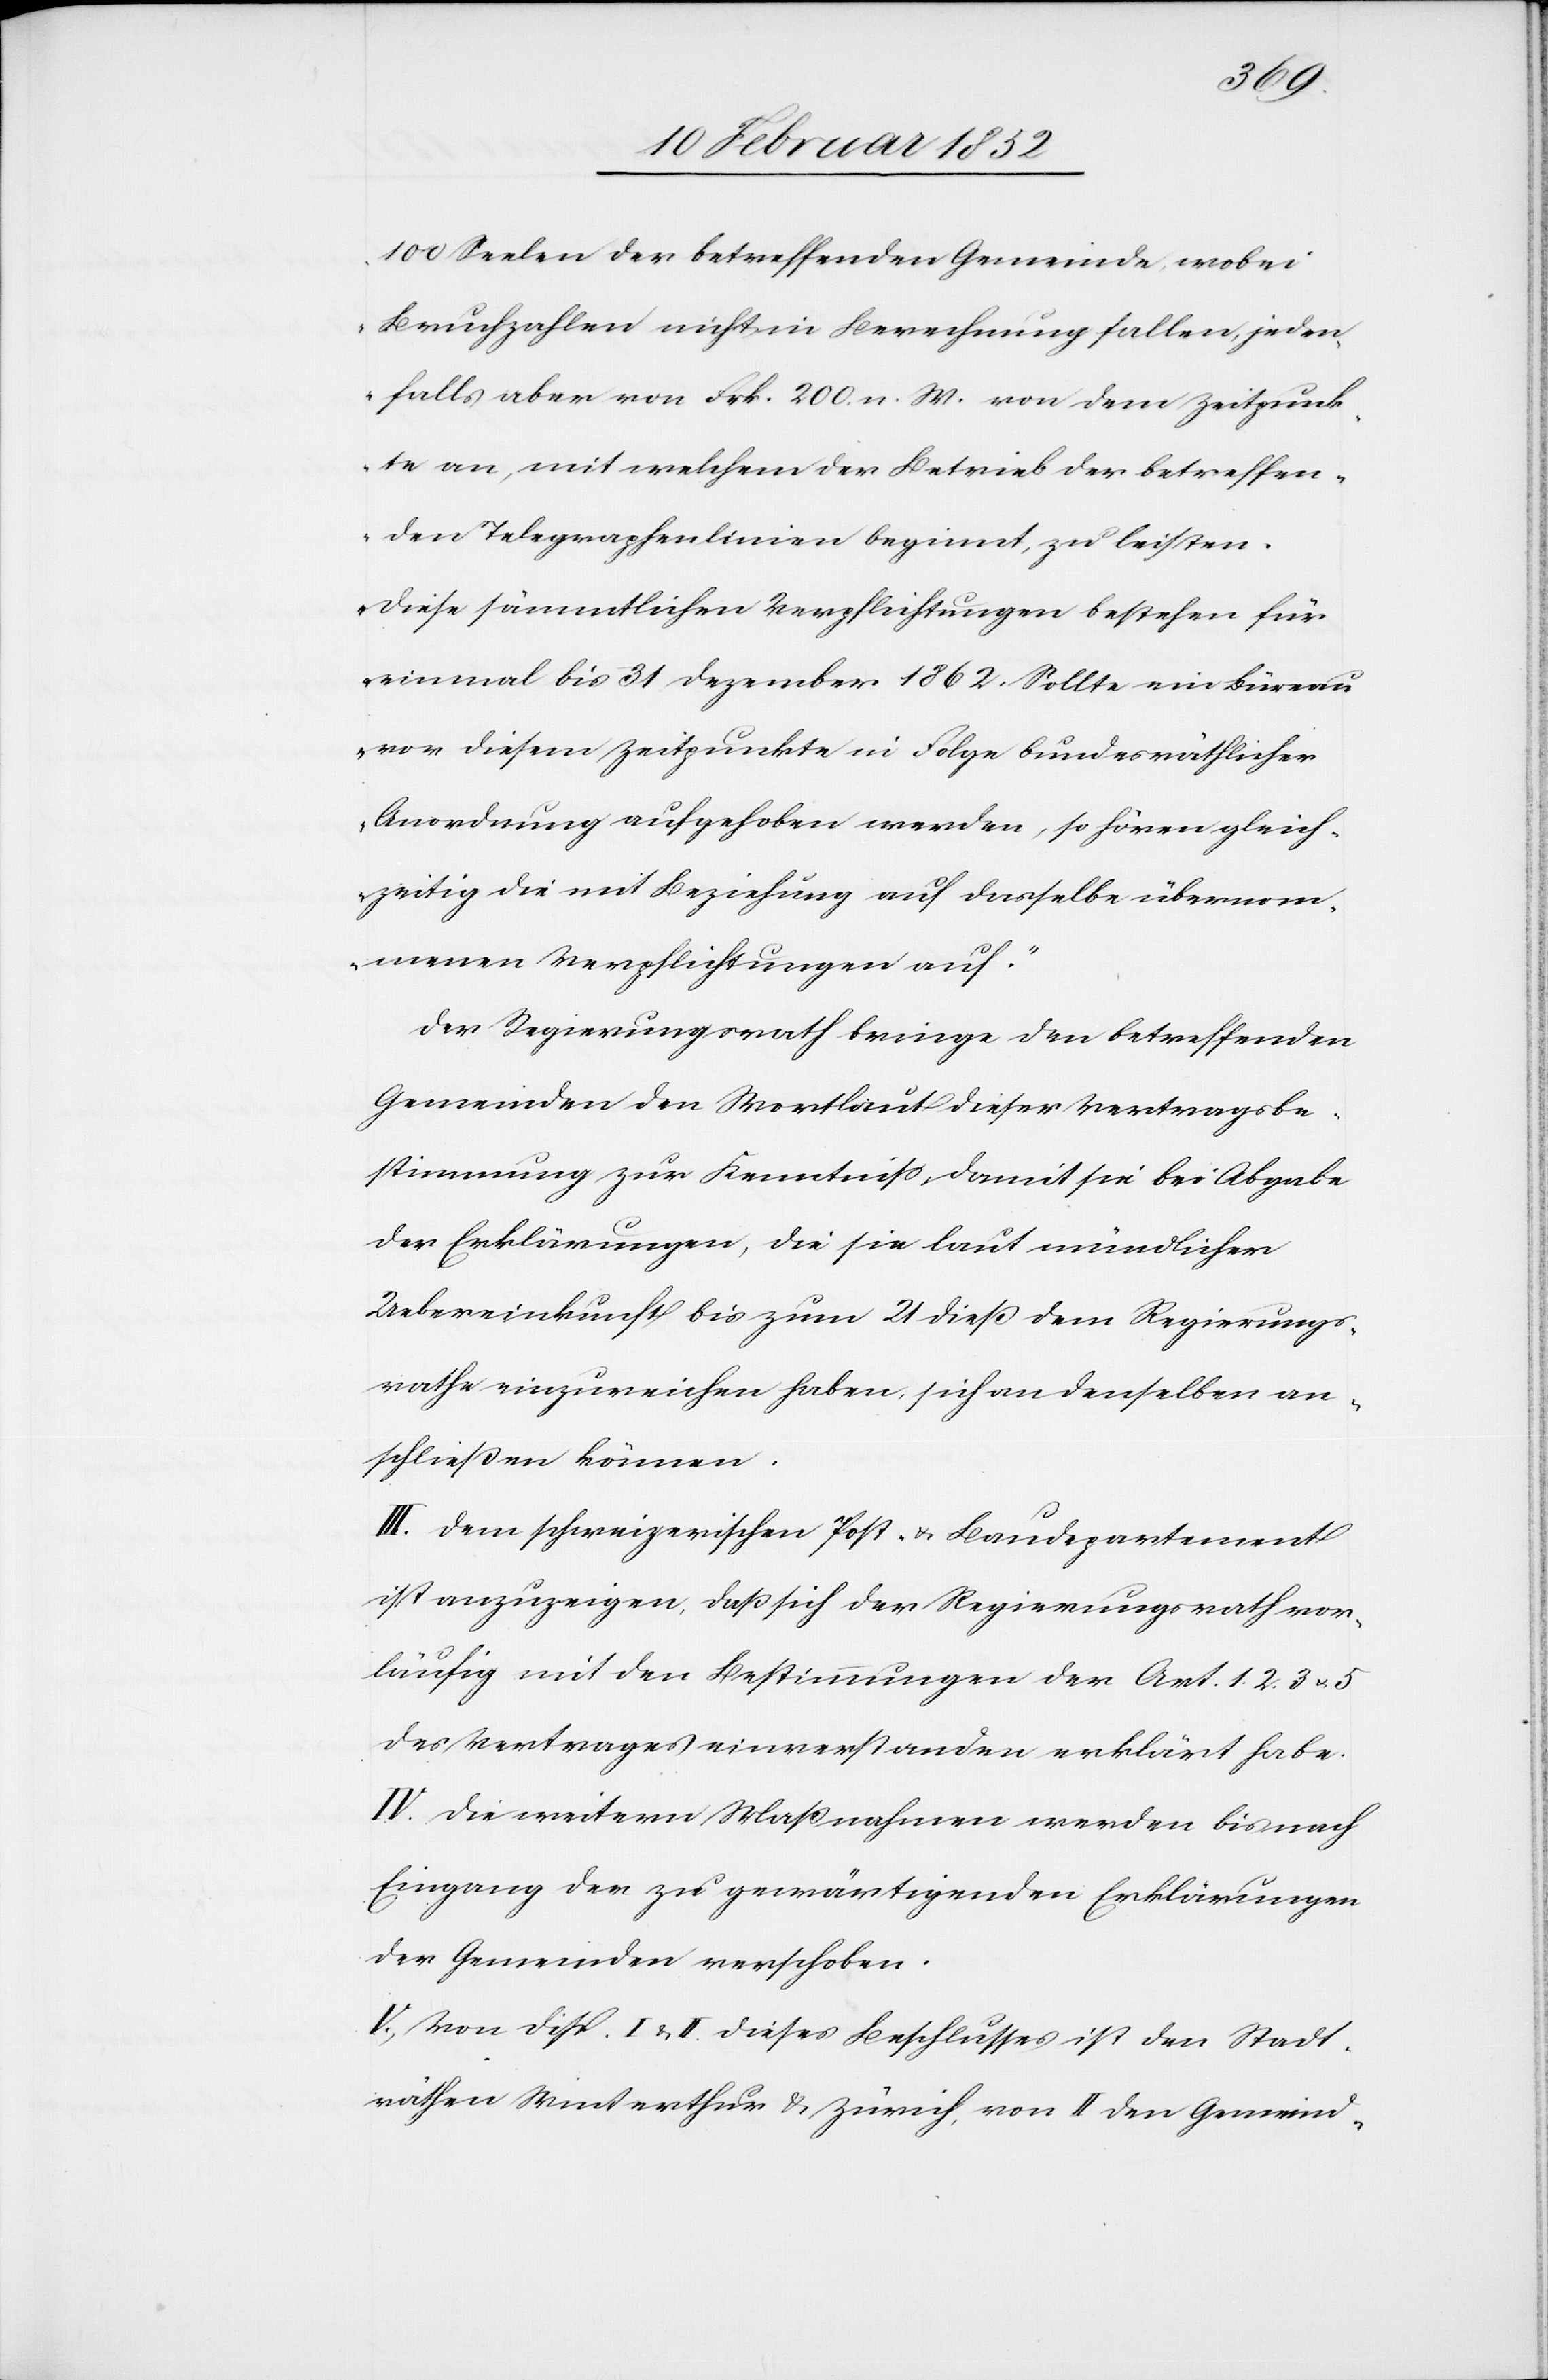
100 Seelen der betreffenden Gemeinde, wobei
Bruchzahlen nicht in Berechnung fallen, jeden¬
falls aber von Frk. 200. n. W. von dem Zeitpunk¬
te an, mit welchem der Betrieb der betreffen¬
den Telegraphenlinien beginnt, zu leisten.
Diese sämmtlichen Verpflichtungen bestehen für
einmal bis 31 Dezember 1862. Sollte ein Büreau
vor diesem Zeitpunkte in Folge bundesräthlicher
Anordnung aufgehoben werden, so hören gleich¬
zeitig die mit Beziehung auf dasselbe übernom¬
menen Verpflichtungen auf.“
Der Regierungsrath bringe den betreffenden
Gemeinden den Wortlaut dieser Vertragsbe¬
stimmung zur Kenntniß, damit sie bei Abgabe
der Erklärungen, die sie laut mündlicher
Uebereinkunft bis zum 21 dieß dem Regierungs¬
rathe einzureichen haben, sich an denselben an¬
schließen können.
III. Dem schweizerischen Post- u. Baudepartement
ist anzuzeigen, daß sich der Regierungsrath vor¬
läufig mit den Bestimmungen der Art. 1. 2. 3. u. 5.
des Vertrages einverstanden erklärt habe.
IV. Die weitern Maßnahmen werden bis nach
Eingang der zu gewärtigenden Erklärungen
der Gemeinden verschoben.
V.) Von disp. I. u. II. dieses Beschlusses ist den Stadt¬
räthen Winterthur u. Zürich, von II den Gemeind-